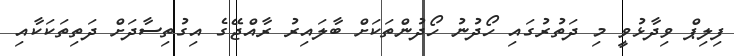
ފިލިޕް ވިދާޅުވީ މި ދަތުރުގައި ހޯދުނު ހޯދުންތަކަށް ބާލައިރު ރާއްޖޭގެ އިގުތިސާދަށް ދަތިތަކަކާއި